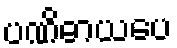
ပဏိဓာယပေ